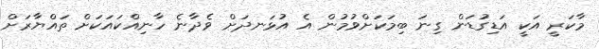
މާކަރީ އަކީ އަޑިގުޑަން ގިނަ ބިމަކަށްވުމުން އެ އުޅަނދަށް ވެދާނެ ހާނިއްކައަކަށް ތައްޔާރަށް